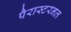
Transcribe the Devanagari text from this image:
पैरास्टरनल